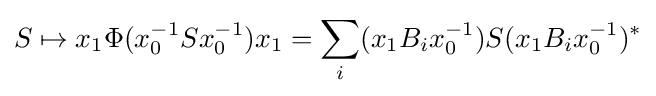
S\mapsto x_{1}\Phi (x_{0}^{-1}Sx_{0}^{-1})x_{1}=\sum _{i}(x_{1}B_{i}x_{0}^{-1})S(x_{1}B_{i}x_{0}^{-1})^{*}